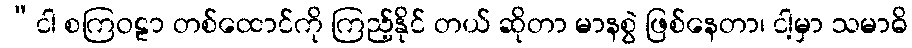
“ငါ စကြဝဠာ တစ်ထောင်ကို ကြည့်နိုင် တယ် ဆိုတာ မာနစွဲ ဖြစ်နေတာ၊ ငါ့မှာ သမာဓိ